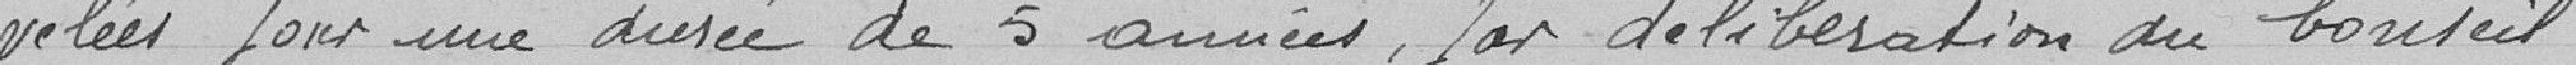
Marché couvert.           25000